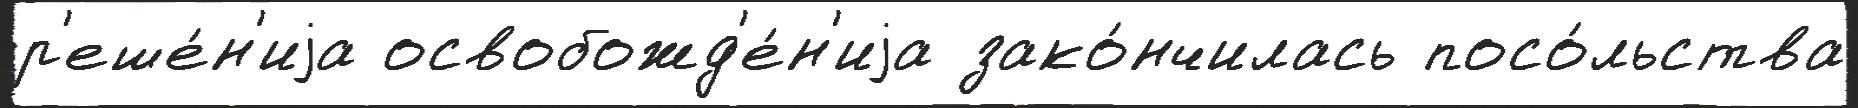
р'еше́н'иjа освобожд'е́н'иjа зако́нчилась посо́льства